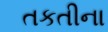
તકતીના